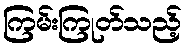
ကြမ်းကြုတ်သည့်